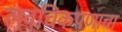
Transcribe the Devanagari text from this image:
लवचिकपणाचा